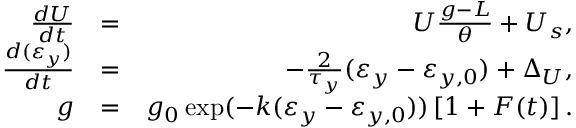
\begin{array} { r l r } { \frac { d U } { d t } } & { = } & { U \frac { g - L } { \theta } + U _ { s } , } \\ { \frac { d ( \varepsilon _ { y } ) } { d t } } & { = } & { - \frac { 2 } { \tau _ { y } } ( \varepsilon _ { y } - \varepsilon _ { y , 0 } ) + \Delta _ { U } , } \\ { g } & { = } & { g _ { 0 } \exp ( - k ( \varepsilon _ { y } - \varepsilon _ { y , 0 } ) ) \left[ 1 + F ( t ) \right] . } \end{array}